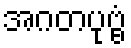
အဂတပုဗ္ဗံ